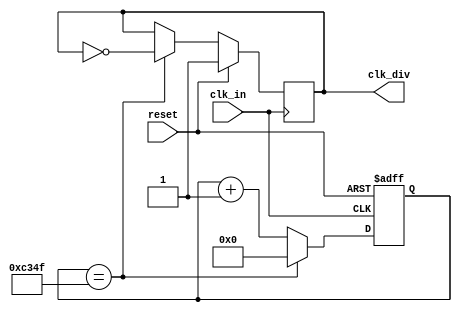
`timescale 1ns / 1ps
//////////////////////////////////////////////////////////////////////////////////
// Company: 
// Engineer: 
// 
// Design Name: 
// Module Name: clk_div
// Project Name: 
// Target Devices: 
// Tool Versions: 
// Description: 
// 
// Dependencies: 
// 
// Revision:
// Revision 0.01 - File Created
// Additional Comments:
// 
//////////////////////////////////////////////////////////////////////////////////


module clk_div
# (parameter COUNT_DIV = 50000)
(  input reset,
input clk_in,
output reg clk_div = 1
);
    
    reg [40:0] count_next = 0 ;
    reg [40:0] count_reg = 0 ;
    reg clk_div_next ;
    
    always@(posedge clk_in or posedge reset)
    if(reset==1'b1)
    count_reg <= 0 ;
    else
   count_reg <= count_next ;
    
    always@(*)begin
    count_next = count_reg ;
    if(count_reg==COUNT_DIV-1)
    count_next = 0 ;
    else
    count_next = count_reg + 1 ;
    end
    
    always@(posedge clk_in)
    if(reset==1'b1)
    clk_div <= 1 ;
    else
      clk_div <= clk_div_next ;
    
    
    always@(*) begin
    clk_div_next = clk_div ;
    if(count_reg==COUNT_DIV-1)
    clk_div_next = ~clk_div ;
    end
    
endmodule